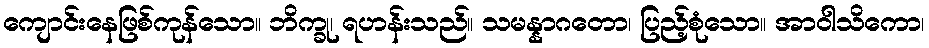
ကျောင်းနေဖြစ်ကုန်သော။ ဘိက္ခု၊ ရဟန်းသည်။ သမန္နာဂတော၊ ပြည့်စုံသော။ အာဝါသိကော၊